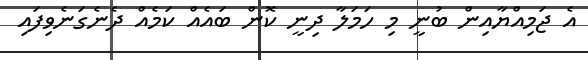
އެ ޖަމިއްޔާއިން ބުނީ މި ހަމަލާ ދިނީ ކޮން ބައެއް ކަމެއް ދެނެގަނެވިފައި